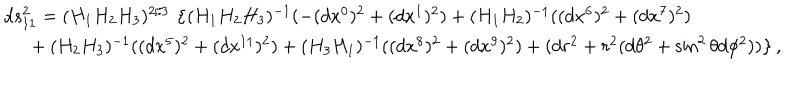
LaTeX: \begin{array} { l } { { d s _ { 1 1 } ^ { 2 } = ( H _ { 1 } H _ { 2 } H _ { 3 } ) ^ { 2 / 3 } \, \left\{ ( H _ { 1 } H _ { 2 } H _ { 3 } ) ^ { - 1 } ( - ( d x ^ { 0 } ) ^ { 2 } + ( d x ^ { 1 } ) ^ { 2 } ) + ( H _ { 1 } H _ { 2 } ) ^ { - 1 } ( ( d x ^ { 6 } ) ^ { 2 } + ( d x ^ { 7 } ) ^ { 2 } ) \right. } } \\ { { \left. ~ ~ + ( H _ { 2 } H _ { 3 } ) ^ { - 1 } ( ( d x ^ { 5 } ) ^ { 2 } + ( d x ^ { 1 1 } ) ^ { 2 } ) + ( H _ { 3 } H _ { 1 } ) ^ { - 1 } ( ( d x ^ { 8 } ) ^ { 2 } + ( d x ^ { 9 } ) ^ { 2 } ) + ( d r ^ { 2 } + r ^ { 2 } ( d \theta ^ { 2 } + \sin ^ { 2 } \theta d \phi ^ { 2 } ) ) \right\} , } } \\ \end{array}